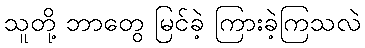
သူတို့ ဘာတွေ မြင်ခဲ့ ကြားခဲ့ကြသလဲ